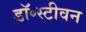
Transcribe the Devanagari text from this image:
डॉ॰स्टीवन